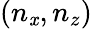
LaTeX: (n_{\mathit{x}},n_{z})